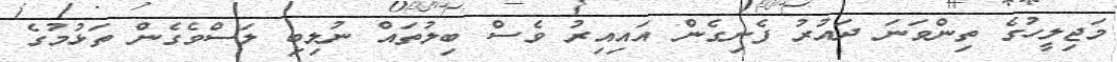
މަޖިލީހުގެ ތިންވަނަ ދައުރު ފެށިގެން އައިއިރު ވެސް ބިލުތައް ނުލިބި ލަސްވެގެން ތަޅުމުގެ